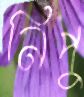
নিপু